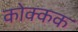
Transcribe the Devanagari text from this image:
कोक्कक